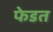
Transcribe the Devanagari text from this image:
फेडत